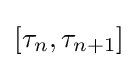
[\tau _{n},\tau _{n+1}]